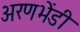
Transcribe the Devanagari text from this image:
अरणभेंडी